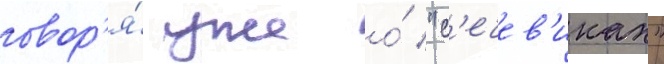
говор'я́ уже о́ "с'ечев'иках"